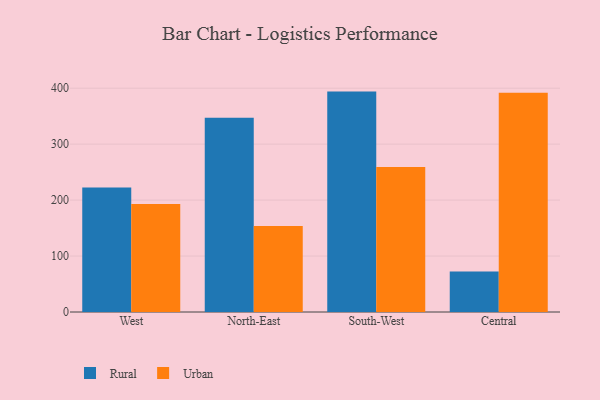
{"axis": {"x": "Region", "y": "Market Share (%)"}, "legend": ["Rural", "Urban"], "data": [{"x": "West", "y": 222.3, "type": "Rural"}, {"x": "West", "y": 193.2, "type": "Urban"}, {"x": "North-East", "y": 347.3, "type": "Rural"}, {"x": "North-East", "y": 153.8, "type": "Urban"}, {"x": "South-West", "y": 393.9, "type": "Rural"}, {"x": "South-West", "y": 259.3, "type": "Urban"}, {"x": "Central", "y": 72.2, "type": "Rural"}, {"x": "Central", "y": 392.0, "type": "Urban"}]}